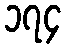
၁၇၄